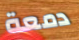
دمعة